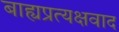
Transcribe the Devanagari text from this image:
बाह्यप्रत्यक्षवाद